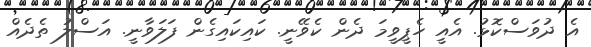
އެ ދުވަސްކޮޅު. އެއީ ހެޕީވީމަ ދެން ކެވޭނީ. ކައިކައިގެން ފަލަވާނީ. އަސްލު ތެދެެއް